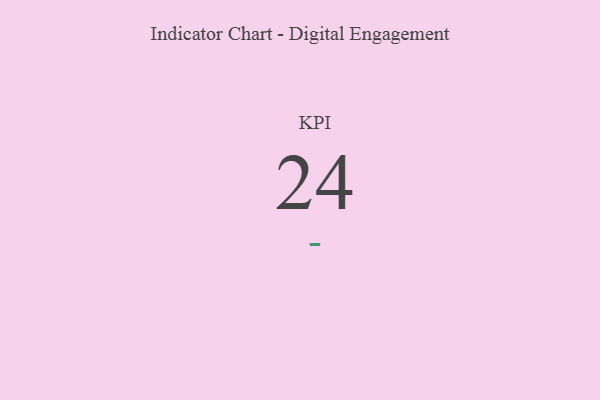
{"axis": {"x": "KPI", "y": "Value"}, "legend": [""], "data": [{"x": "KPI", "y": 24, "type": ""}]}